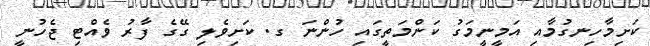
ކަށިމާހިނގުމާއި އަމީނީމަގު ކަންމަތީގައި ހުންނަ ގ. ކަށިވެލި ގޭގެ ފާރު ވެއްޓި ޖެހުނީ